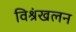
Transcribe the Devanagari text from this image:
विश्रंखलन